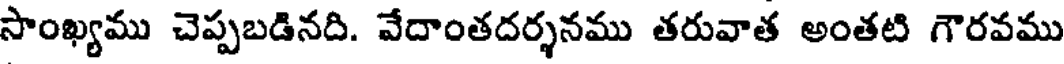
సాంఖ్యము చెప్పబడినది. వేదాంతదర్శనము తరువాత అంతటి గౌరవము